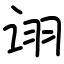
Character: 诩